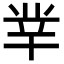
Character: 丵